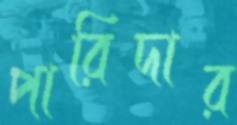
পারিদার